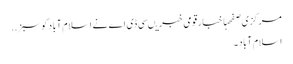
مرکزی صفحہاخبارقومی خبریںسی ڈی اے نے ا سلام آبادکو سبز ..
اسلام آباد ۔